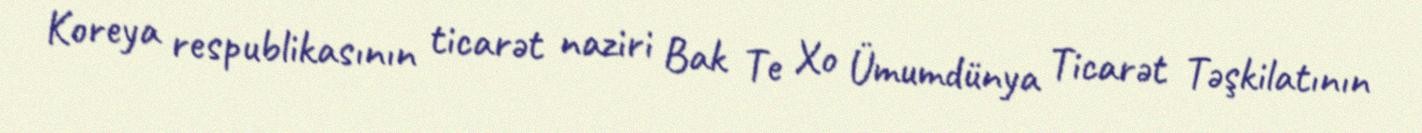
Koreya respublikasının ticarət naziri Bak Te Xo Ümumdünya Ticarət Təşkilatının